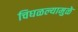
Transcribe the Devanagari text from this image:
चिघळल्यामुळे